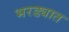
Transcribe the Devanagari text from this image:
भरड्यात